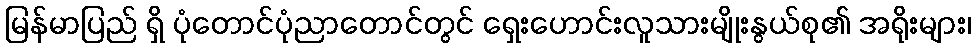
မြန်မာပြည် ရှိ ပုံတောင်ပုံညာတောင်တွင် ရှေးဟောင်းလူသားမျိုးနွယ်စု၏ အရိုးများ၊